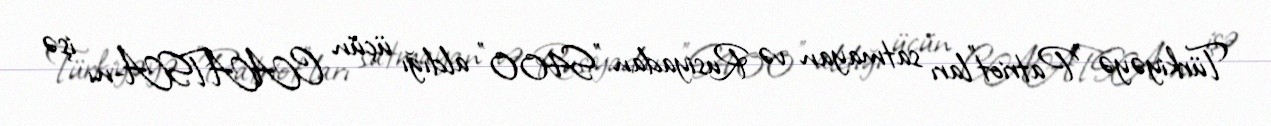
Türkiyəyə "Patriot"ları satmayan və Rusiyadan "S400" aldığı üçün CAATSA-nı işə